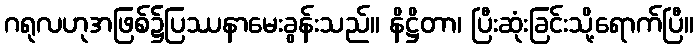
ဂရုလဟုအဖြစ်၌ပြဿနာမေးခွန်းသည်။ နိဋ္ဌိတာ၊ ပြီးဆုံးခြင်းသို့ရောက်ပြီ။